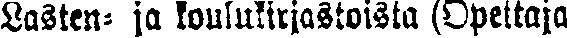
Lasten- ja koulukirjastoista (Opettaja